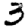
Digit: 3